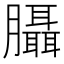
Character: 𦣀